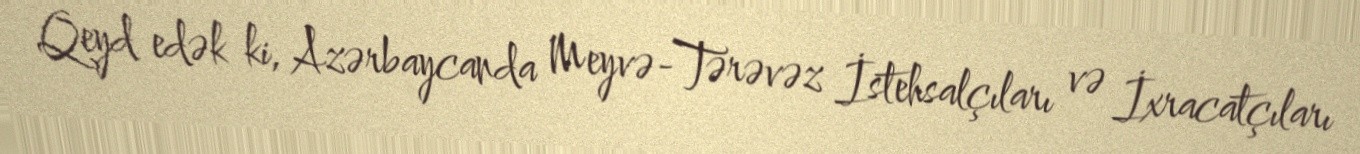
Qeyd edək ki, Azərbaycanda Meyvə-Tərəvəz İstehsalçıları və İxracatçıları